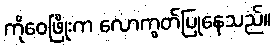
ကိုဝေဖြိုးက လောကွတ်ပြုနေသည်။